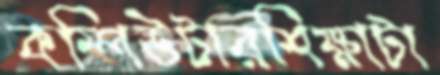
কম্পিউটারশিক্ষাটা